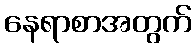
နေရာစာအတွက်